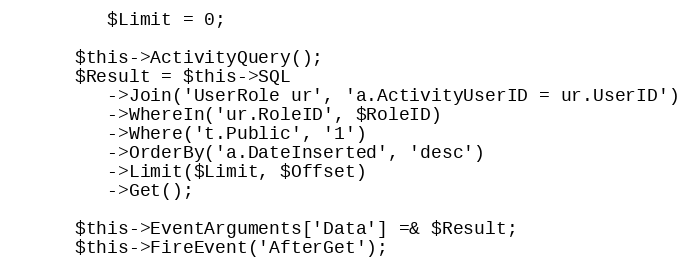
Language: PHP
         $Limit = 0;

      $this->ActivityQuery();
      $Result = $this->SQL
         ->Join('UserRole ur', 'a.ActivityUserID = ur.UserID')
         ->WhereIn('ur.RoleID', $RoleID)
         ->Where('t.Public', '1')
         ->OrderBy('a.DateInserted', 'desc')
         ->Limit($Limit, $Offset)
         ->Get();

      $this->EventArguments['Data'] =& $Result;
      $this->FireEvent('AfterGet');